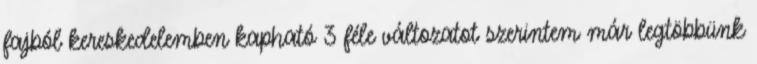
fajból kereskedelemben kapható 3 féle változatot szerintem már legtöbbünk